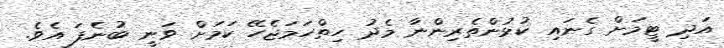
އަދި ޓީމަށް ގެނައި ކުޅުންތެރިންނާ މެދު ހިތްހަމަޖެހޭ ކަމަށް ވަނީ ބުނެފަ އެވެ.